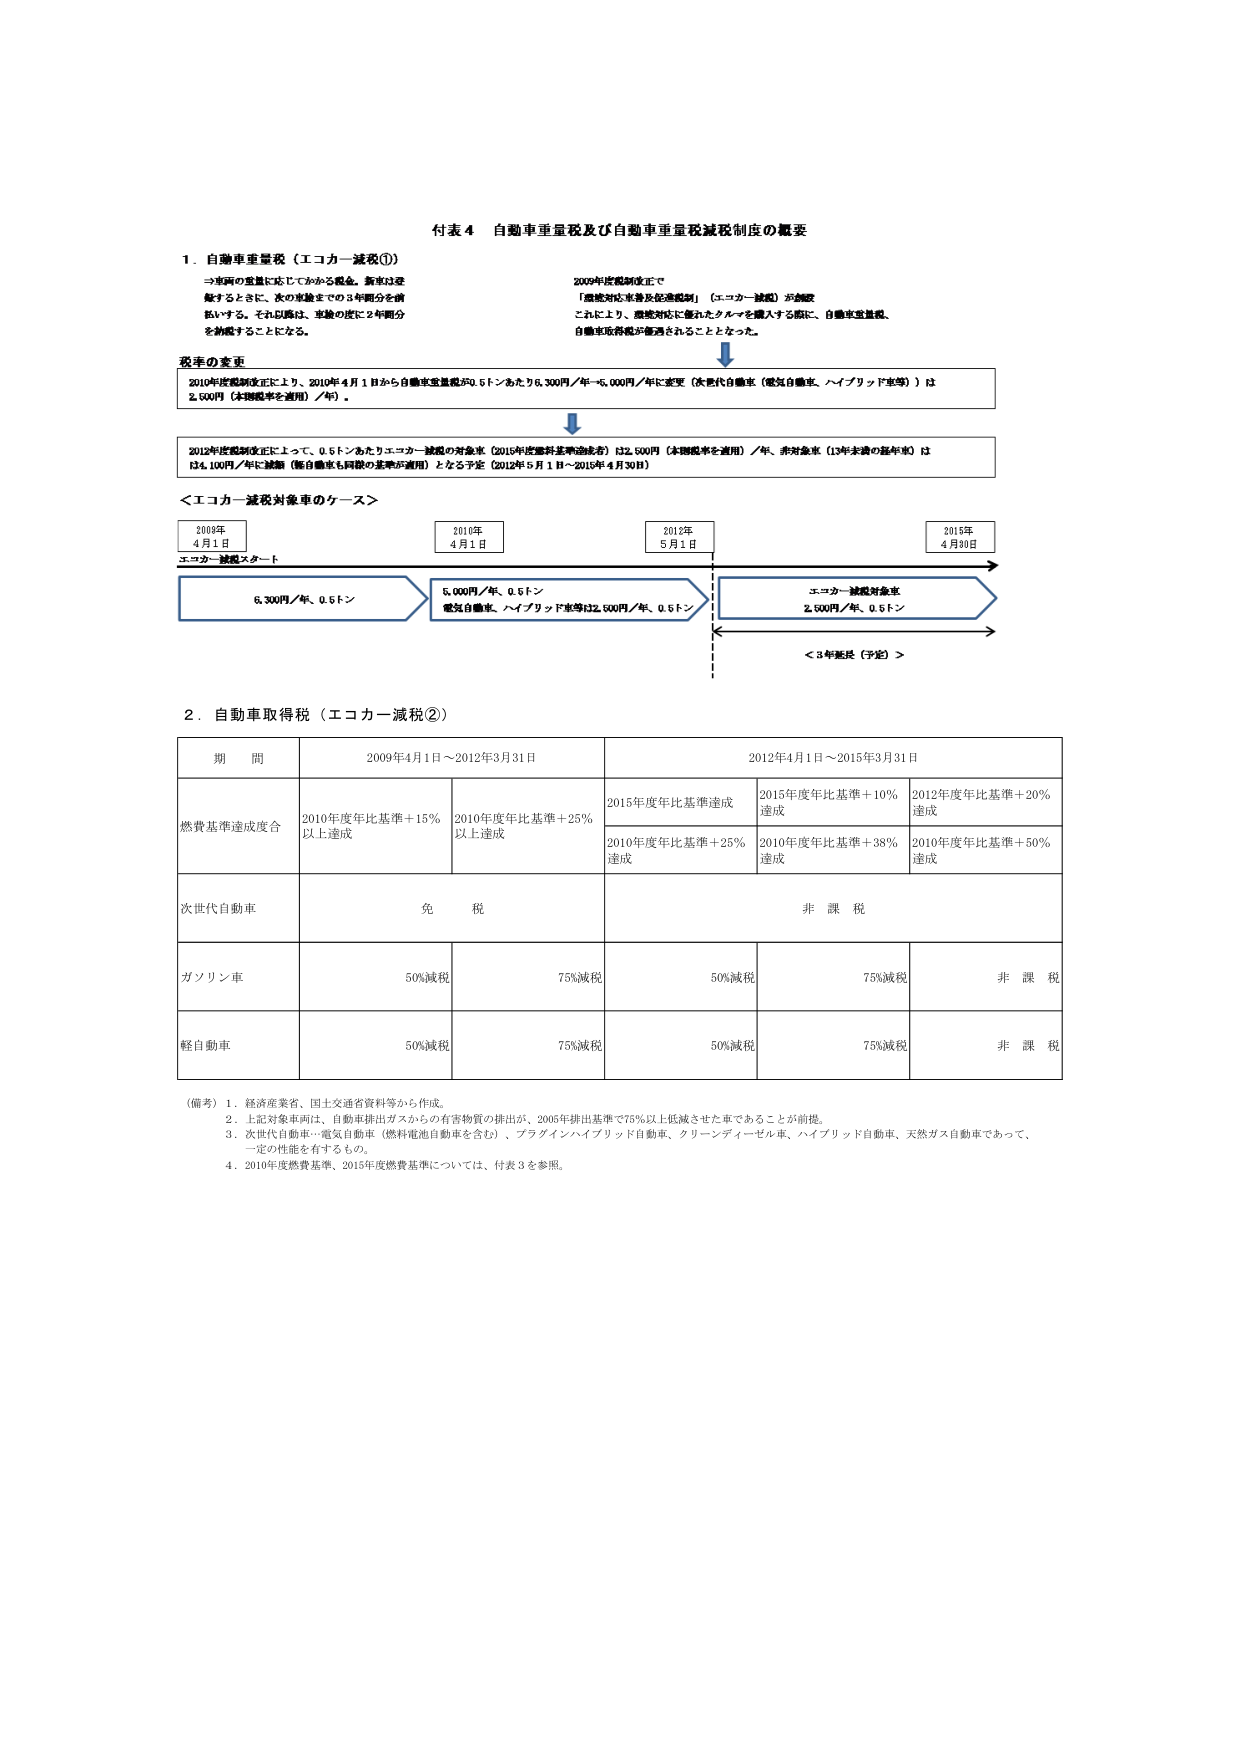
付表４ 自動車重量税及び自動車重量税減税制度の概要

１．自動車重量税（エコカー減税①）
→車両の重量に応じてかかる税金。新車は登録するときに、次の車検までの3年間分を前払いする。それ以降は、車検の度に2年間分を納税することになる。

2009年度税制改正で
「環境対応車等及促進税制」（エコカー減税）が創設
これにより、環境対応に優れたクルマを購入する際に、自動車重量税、自動車取得税が優遇されることとなった。

税率の変更
2010年度税制改正により、2010年4月1日から自動車重量税が0.5トンあたり6,300円／年→6,000円／年に変更（次世代自動車（電気自動車、ハイブリッド車等））は2,500円（本則税率を適用）／年）。

2012年度税制改正にて、0.5トンあたりエコカー減税の対象金額（2015年度燃料基準達成者）は2,500円（本則税率を適用）／年、非対象車（13年未満の基準車）は34,100円／年に減額（軽自動車も同様の基準が適用）となる予定（2012年5月1日～2015年4月30日）

＜エコカー減税対象車のケース＞
2010年
4月1日
エコカー減税スタート
6,300円／年、0.5トン
2010年
4月1日
6,000円／年、0.5トン
電気自動車、ハイブリッド車等は2,500円／年、0.5トン
2012年
5月1日
エコカー減税対象車
2,500円／年、0.5トン
＜3年延長（予定）＞
2015年
4月30日

２．自動車取得税（エコカー減税②）
期 間
2009年4月1日～2012年3月31日
2012年4月1日～2015年3月31日
燃費基準達成度合
2010年度年比基準＋15％以上達成
2010年度年比基準＋25％以上達成
2015年度年比基準達成
2015年度年比基準＋10％達成
2012年度年比基準＋20％達成
2010年度年比基準＋25％達成
2010年度年比基準＋38％達成
2010年度年比基準＋50％達成
次世代自動車
免 税
非 課 税
ガソリン車
50％減税
75％減税
50％減税
75％減税
非 課 税
軽自動車
50％減税
75％減税
50％減税
75％減税
非 課 税

（備考）１．経済産業省、国土交通省資料等から作成。
２．上記対象車両は、自動車排出ガスからの有害物質の排出が、2005年排出基準で75％以上低減させた車であることが前提。
３．次世代自動車…電気自動車（燃料電池自動車を含む）、プラグインハイブリッド自動車、クリーンディーゼル車、ハイブリッド自動車、天然ガス自動車であって、一定の性能を有するもの。
４．2010年度燃費基準、2015年度燃費基準については、付表３を参照。